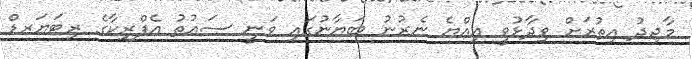
މާޖިދު އިތުރަށް ވިދާޅުވީ އިއްޔެ ނެރުނު ބަޔާނުގައި ވަނީ ސައުތު އެފްރިކާގެ ރިޓަޔަރޑް